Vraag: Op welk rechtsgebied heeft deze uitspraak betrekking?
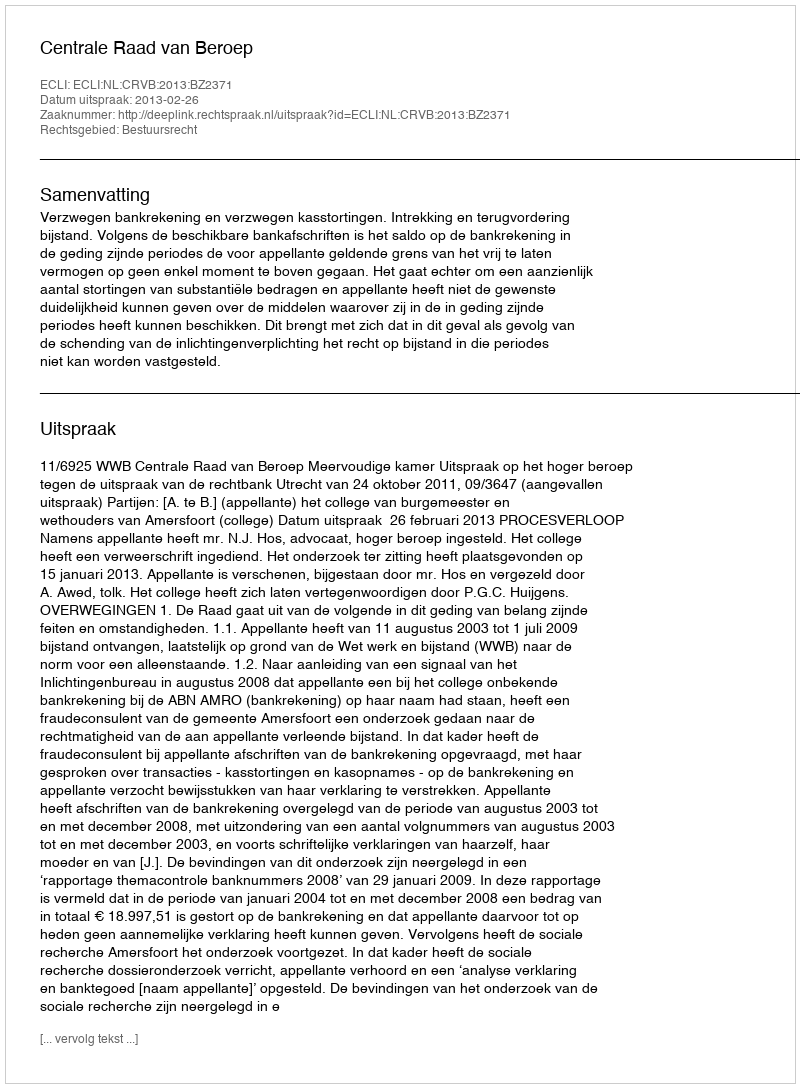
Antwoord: Bestuursrecht